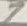
Text: 7